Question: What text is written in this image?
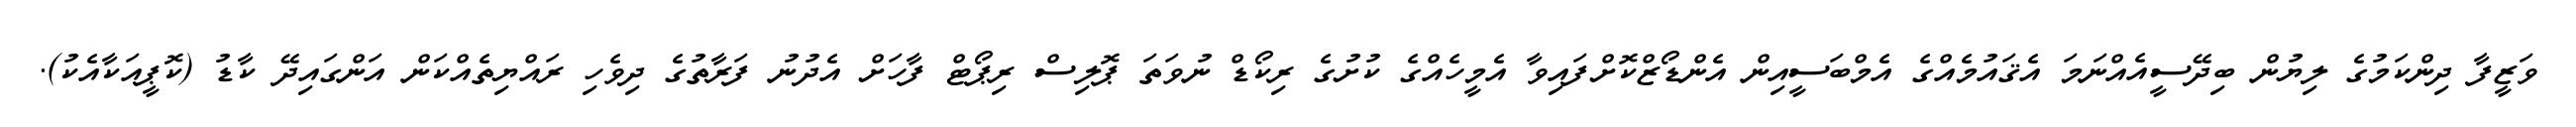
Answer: ވަޒީފާ ދިންކަމުގެ ލިޔުން ބިދޭސީއެއްނަމަ އެޤައުމެއްގެ އެމްބަސީއިން އެންޑޯޒްކޮށްފައިވާ އެމީހެއްގެ ކުށުގެ ރިކޯޑް ނުވަތަ ޕޮލިސް ރިޕޯޓް ފާހަށް އެދުނު ފަރާތުގެ ދިވެހި ރައްޔިތެއްކަން އަންގައިދޭ ކާޑު (ކޮޕީއަކާއެކު).